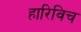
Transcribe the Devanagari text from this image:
हारिविच